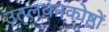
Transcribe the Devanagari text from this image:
उत्प्लवनकोष्ठों